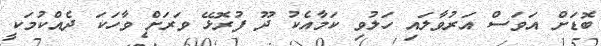
ބޮޑަށް އަވަސް އަރުވާލައި ހަލުވި ކަމާއެކު ދޫ ފުރޮޅޭ ވަރަށް ވާހަަކަ ދެއްކުމަކީ